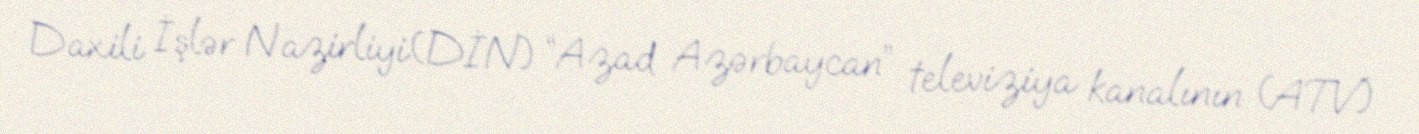
Daxili İşlər Nazirliyi(DİN) “Azad Azərbaycan” televiziya kanalının (ATV)